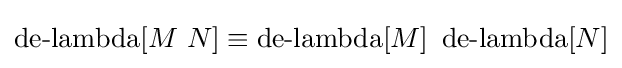
\operatorname {de-lambda} [M\ N]\equiv \operatorname {de-lambda} [M]\ \operatorname {de-lambda} [N]